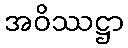
အဝိဿဋ္ဌာ